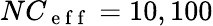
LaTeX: NC_{\mathrm{~e~f~f~}}=10,100